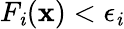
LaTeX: F_{\mathit{i}}(\mathbf{{x}})<\epsilon_{\mathit{i}}